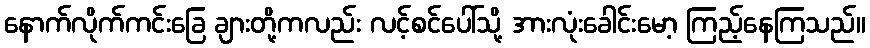
နောက်လိုက်ကင်းခြေ ချားတို့ကလည်း လင့်စင်ပေါ်သို့ အားလုံးခေါင်းမော့ ကြည့်နေကြသည်။